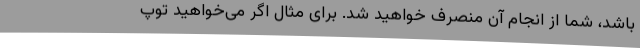
باشد، شما از انجام آن منصرف خواهید شد. برای مثال اگر می‌خواهید توپ